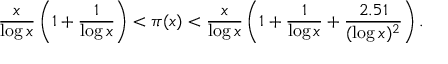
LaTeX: { \frac { x } { \log x } } \left( 1 + { \frac { 1 } { \log x } } \right) < \pi ( x ) < { \frac { x } { \log x } } \left( 1 + { \frac { 1 } { \log x } } + { \frac { 2 . 5 1 } { ( \log x ) ^ { 2 } } } \right) .